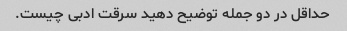
حداقل در دو جمله توضیح دهید سرقت ادبی چیست.